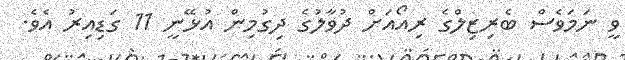
ވީ ނަމަވެސް ބެރިޒިލްގެ ރިއޯއަށް ދުވާލުގެ ދިގުމިން އުޅޭނީ 11 ގަޑިއިރު އެވެ.